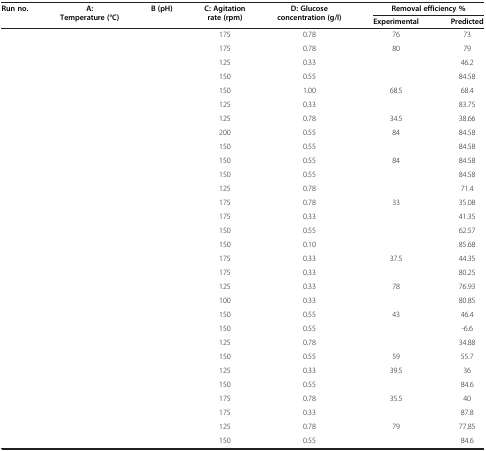
<table><thead><tr><td><b>Run no.</b></td><td><b>A:Temperature (°C)</b></td><td><b>B (pH)</b></td><td><b>C: Agitation rate (rpm)</b></td><td><b>D: Glucose concentration (g/l)</b></td><td colspan="2"><b>Removal efficiency %</b></td></tr><tr><td>[EMPTY_CELL]</td><td>[EMPTY_CELL]</td><td>[EMPTY_CELL]</td><td>[EMPTY_CELL]</td><td>[EMPTY_CELL]</td><td><b>Experimental</b></td><td><b>Predicted</b></td></tr></thead><tbody><tr><td>[EMPTY_CELL]</td><td>[EMPTY_CELL]</td><td>[EMPTY_CELL]</td><td>175</td><td>0.78</td><td>76</td><td>73</td></tr><tr><td>[EMPTY_CELL]</td><td>[EMPTY_CELL]</td><td>[EMPTY_CELL]</td><td>175</td><td>0.78</td><td>80</td><td>79</td></tr><tr><td>[EMPTY_CELL]</td><td>[EMPTY_CELL]</td><td>[EMPTY_CELL]</td><td>125</td><td>0.33</td><td>[EMPTY_CELL]</td><td>46.2</td></tr><tr><td>[EMPTY_CELL]</td><td>[EMPTY_CELL]</td><td>[EMPTY_CELL]</td><td>150</td><td>0.55</td><td>[EMPTY_CELL]</td><td>84.58</td></tr><tr><td>[EMPTY_CELL]</td><td>[EMPTY_CELL]</td><td>[EMPTY_CELL]</td><td>150</td><td>1.00</td><td>68.5</td><td>68.4</td></tr><tr><td>[EMPTY_CELL]</td><td>[EMPTY_CELL]</td><td>[EMPTY_CELL]</td><td>125</td><td>0.33</td><td>[EMPTY_CELL]</td><td>83.75</td></tr><tr><td>[EMPTY_CELL]</td><td>[EMPTY_CELL]</td><td>[EMPTY_CELL]</td><td>125</td><td>0.78</td><td>34.5</td><td>38.66</td></tr><tr><td>[EMPTY_CELL]</td><td>[EMPTY_CELL]</td><td>[EMPTY_CELL]</td><td>200</td><td>0.55</td><td>84</td><td>84.58</td></tr><tr><td>[EMPTY_CELL]</td><td>[EMPTY_CELL]</td><td>[EMPTY_CELL]</td><td>150</td><td>0.55</td><td>[EMPTY_CELL]</td><td>84.58</td></tr><tr><td>[EMPTY_CELL]</td><td>[EMPTY_CELL]</td><td>[EMPTY_CELL]</td><td>150</td><td>0.55</td><td>84</td><td>84.58</td></tr><tr><td>[EMPTY_CELL]</td><td>[EMPTY_CELL]</td><td>[EMPTY_CELL]</td><td>150</td><td>0.55</td><td>[EMPTY_CELL]</td><td>84.58</td></tr><tr><td>[EMPTY_CELL]</td><td>[EMPTY_CELL]</td><td>[EMPTY_CELL]</td><td>125</td><td>0.78</td><td>[EMPTY_CELL]</td><td>71.4</td></tr><tr><td>[EMPTY_CELL]</td><td>[EMPTY_CELL]</td><td>[EMPTY_CELL]</td><td>175</td><td>0.78</td><td>33</td><td>35.08</td></tr><tr><td>[EMPTY_CELL]</td><td>[EMPTY_CELL]</td><td>[EMPTY_CELL]</td><td>175</td><td>0.33</td><td>[EMPTY_CELL]</td><td>41.35</td></tr><tr><td>[EMPTY_CELL]</td><td>[EMPTY_CELL]</td><td>[EMPTY_CELL]</td><td>150</td><td>0.55</td><td>[EMPTY_CELL]</td><td>62.57</td></tr><tr><td>[EMPTY_CELL]</td><td>[EMPTY_CELL]</td><td>[EMPTY_CELL]</td><td>150</td><td>0.10</td><td>[EMPTY_CELL]</td><td>85.68</td></tr><tr><td>[EMPTY_CELL]</td><td>[EMPTY_CELL]</td><td>[EMPTY_CELL]</td><td>175</td><td>0.33</td><td>37.5</td><td>44.35</td></tr><tr><td>[EMPTY_CELL]</td><td>[EMPTY_CELL]</td><td>[EMPTY_CELL]</td><td>175</td><td>0.33</td><td>[EMPTY_CELL]</td><td>80.25</td></tr><tr><td>[EMPTY_CELL]</td><td>[EMPTY_CELL]</td><td>[EMPTY_CELL]</td><td>125</td><td>0.33</td><td>78</td><td>76.93</td></tr><tr><td>[EMPTY_CELL]</td><td>[EMPTY_CELL]</td><td>[EMPTY_CELL]</td><td>100</td><td>0.33</td><td>[EMPTY_CELL]</td><td>80.85</td></tr><tr><td>[EMPTY_CELL]</td><td>[EMPTY_CELL]</td><td>[EMPTY_CELL]</td><td>150</td><td>0.55</td><td>43</td><td>46.4</td></tr><tr><td>[EMPTY_CELL]</td><td>[EMPTY_CELL]</td><td>[EMPTY_CELL]</td><td>150</td><td>0.55</td><td>[EMPTY_CELL]</td><td>-6.6</td></tr><tr><td>[EMPTY_CELL]</td><td>[EMPTY_CELL]</td><td>[EMPTY_CELL]</td><td>125</td><td>0.78</td><td>[EMPTY_CELL]</td><td>34.88</td></tr><tr><td>[EMPTY_CELL]</td><td>[EMPTY_CELL]</td><td>[EMPTY_CELL]</td><td>150</td><td>0.55</td><td>59</td><td>55.7</td></tr><tr><td>[EMPTY_CELL]</td><td>[EMPTY_CELL]</td><td>[EMPTY_CELL]</td><td>125</td><td>0.33</td><td>39.5</td><td>36</td></tr><tr><td>[EMPTY_CELL]</td><td>[EMPTY_CELL]</td><td>[EMPTY_CELL]</td><td>150</td><td>0.55</td><td>[EMPTY_CELL]</td><td>84.6</td></tr><tr><td>[EMPTY_CELL]</td><td>[EMPTY_CELL]</td><td>[EMPTY_CELL]</td><td>175</td><td>0.78</td><td>35.5</td><td>40</td></tr><tr><td>[EMPTY_CELL]</td><td>[EMPTY_CELL]</td><td>[EMPTY_CELL]</td><td>175</td><td>0.33</td><td>[EMPTY_CELL]</td><td>87.8</td></tr><tr><td>[EMPTY_CELL]</td><td>[EMPTY_CELL]</td><td>[EMPTY_CELL]</td><td>125</td><td>0.78</td><td>79</td><td>77.85</td></tr><tr><td>[EMPTY_CELL]</td><td>[EMPTY_CELL]</td><td>[EMPTY_CELL]</td><td>150</td><td>0.55</td><td>[EMPTY_CELL]</td><td>84.6</td></tr></tbody></table>